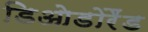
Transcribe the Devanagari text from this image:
डिओडोरैंड